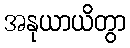
အနုယာယိတွာ